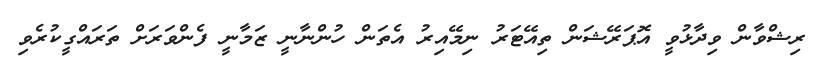
ރިޝްވާން ވިދާޅުވީ އޮޕަރޭޝަން ތިއޭޓަރު ނިމޭއިރު އެތަން ހުންނާނީ ޒަމާނީ ފެންވަރަށް ތަރައްގީކުރެވި